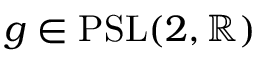
g \in \mathrm { { P S L } } ( 2 , \mathbb { R } )